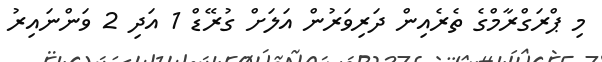
މި ޕްރަގްރާމްގެ ތެރެއިން ދަރިވަރުން އަލަށް ގުރޭޑް 1 އަދި 2 ވަންނައިރު